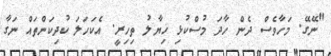
"ނޭގޭ. މަހާވެސް ދެން ހާދަ މުސްކުޅި ޚިޔާލު ތިހިރީ. އެކަހަލަ ކުދިކަންތައް ނަގާ